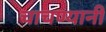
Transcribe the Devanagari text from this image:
चाचण्यानी